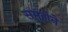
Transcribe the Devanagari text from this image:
समुहोने